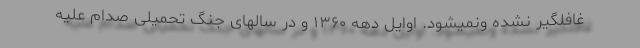
غافلگیر نشده ونمیشود. اوایل دهه ۱۳۶۰ و در سالهای جنگ تحمیلی صدام علیه